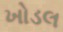
ખોડલ